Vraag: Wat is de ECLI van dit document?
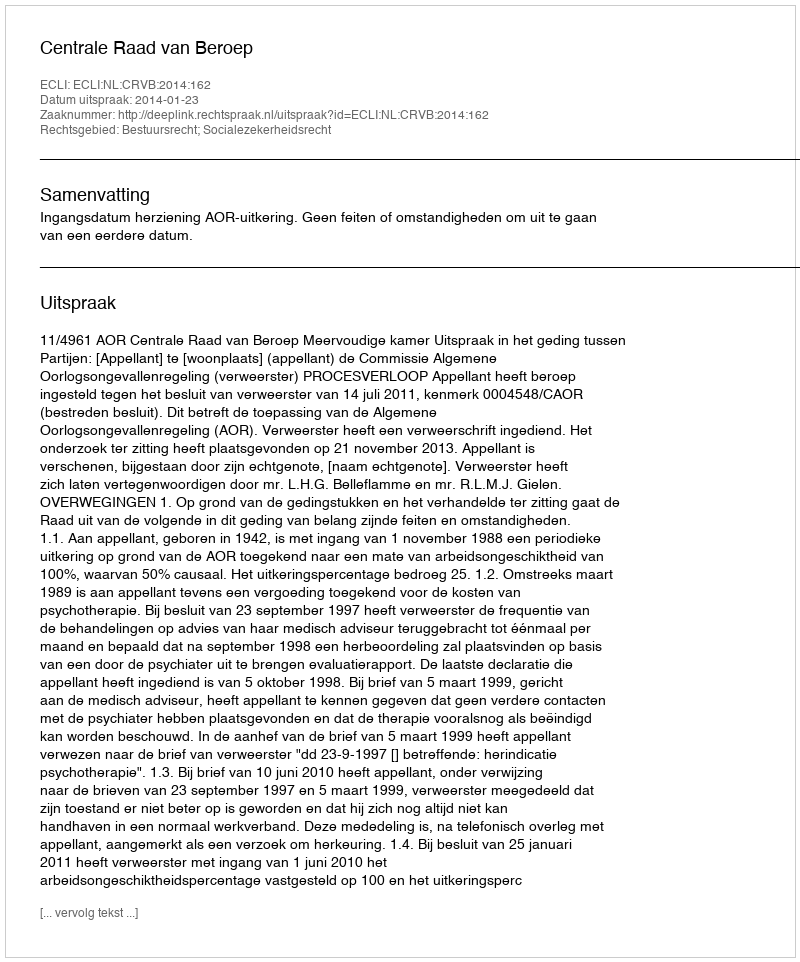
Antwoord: ECLI:NL:CRVB:2014:162